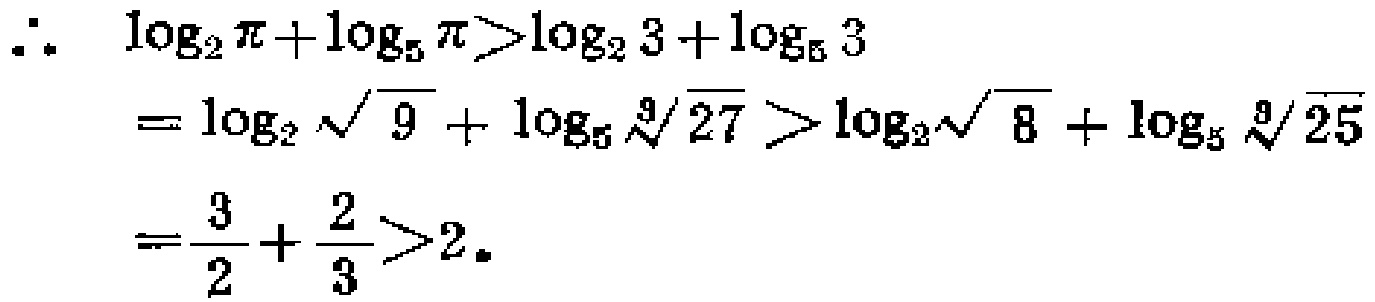
\(\therefore \quad \log _{2} \pi+\log _{5} \pi>\log _{2} 3+\log _{5} 3\)
\(=\log _{2} \sqrt{9}+\log _{5} \sqrt[3]{27}>\log _{2} \sqrt{8}+\log _{5} \sqrt[3]{25}\)
\(=\frac{3}{2}+\frac{2}{3}>2\)